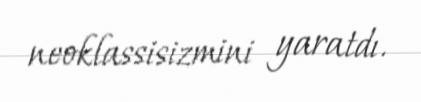
neoklassisizmini yaratdı.